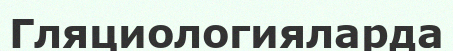
Гляциологияларда